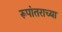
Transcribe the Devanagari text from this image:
रूपांतराच्या